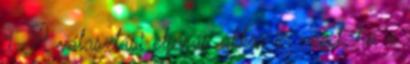
1 A választási eljárás akkor ér véget, ha a